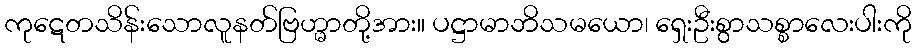
ကုဋေတသိန်းသောလူနတ်ဗြဟ္မာတို့အား။ ပဋ္ဌာမာဘိသမယော၊ ရှေးဦးစွာသစ္စာလေးပါးကို